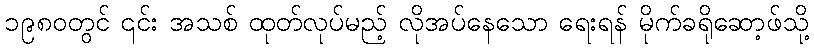
၁၉၈၀တွင် ၎င်း အသစ် ထုတ်လုပ်မည့် လိုအပ်နေသော ရေးရန် မိုက်ခရိုဆော့ဖ်သို့